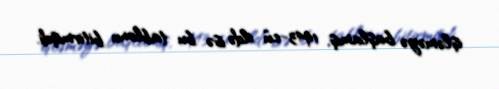
işləməyə başlamış, 1943-cü ildə isə bu tablonu bitirmişdi.